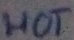
Text: HOT